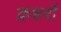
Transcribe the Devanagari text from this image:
क्रशरों